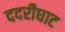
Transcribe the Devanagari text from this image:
ददरीघाट